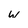
Character: w